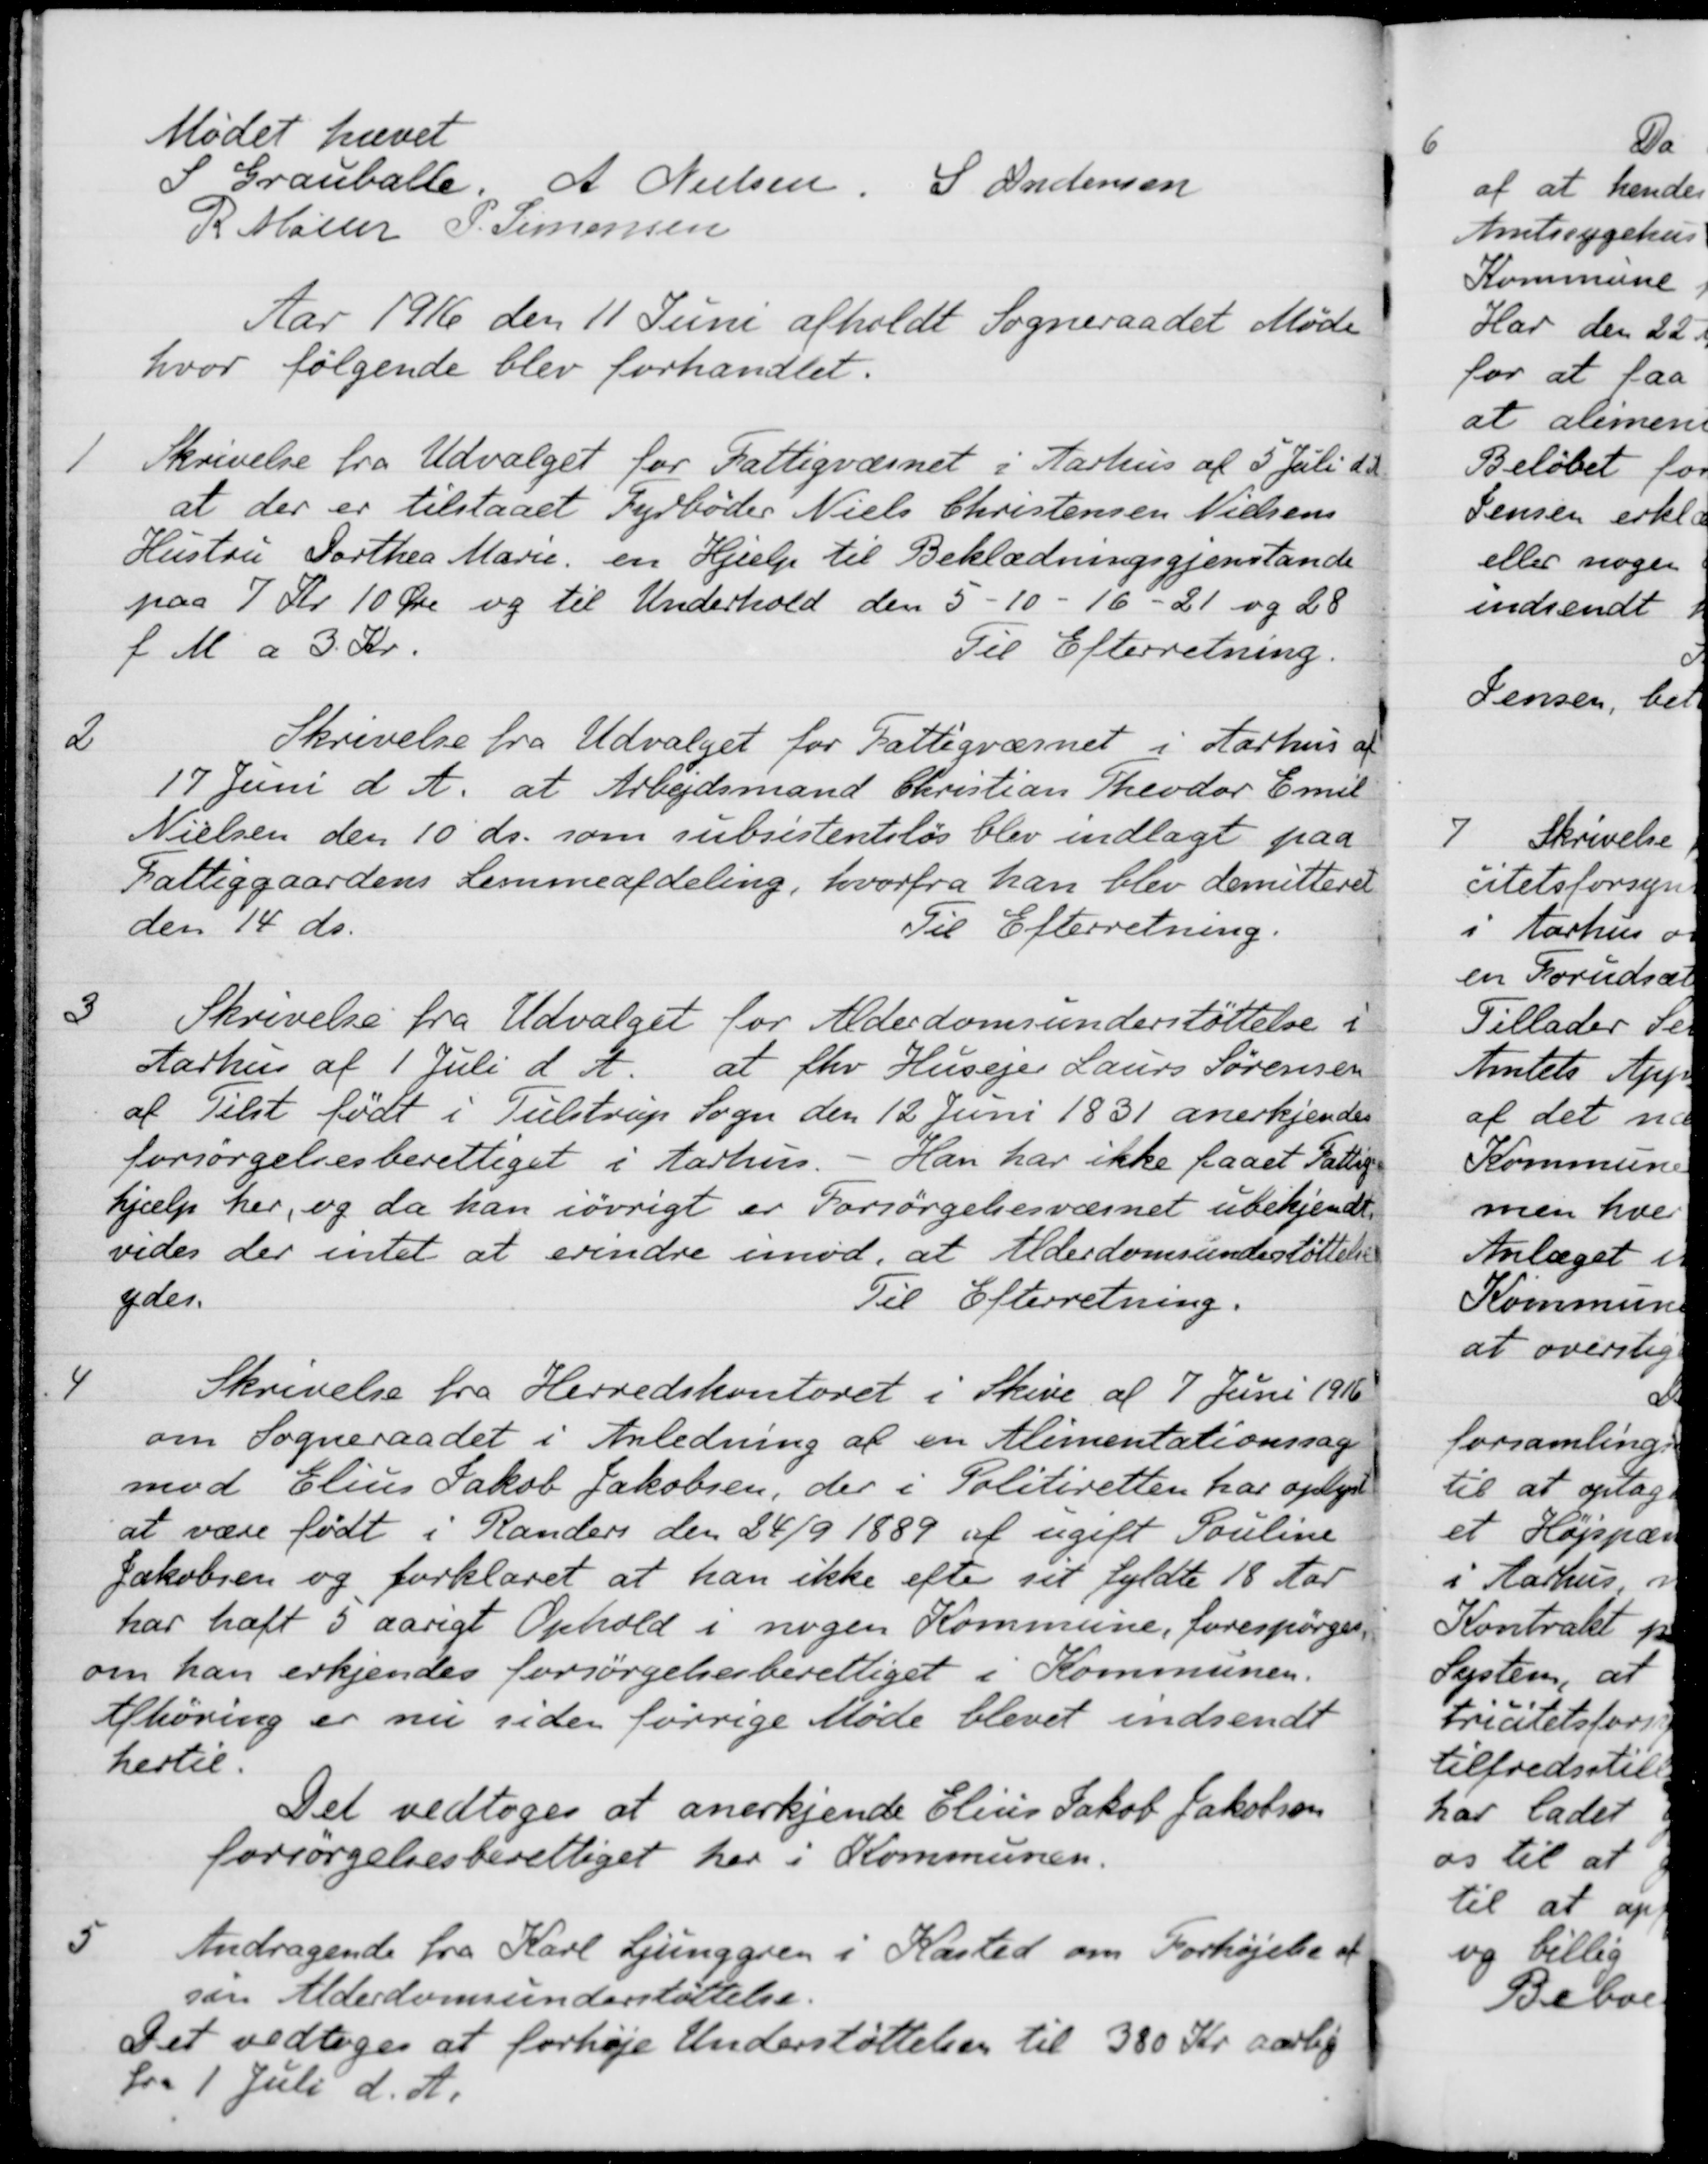
Transskription:
Mødet hævet
S Grauballe
A Nielsen
S Andersen
R Møller
P. Simonsen
Aar 1916 den 11 Juni afholdt Sogneraadet Møde
hvor følgende blev forhandlet.
1
Skrivelse fra Udvalget for Fattigvæsnet i Aarhus af 5 Juli d. A.
at der er tilstaaet Fyrbøder Niels Christensen Nielsens
Hustru Dorthea Marie, en Hjælp til Beklædningsgjenstande
paa 7 Kr. 10 Øre og til Underhold den 5 - 10 - 16 - 21 og 28
f M a 3 Kr.
Til Efterretning.
2
Skrivelse fra Udvalget for Fattigvæsnet i Aarhus af
17 Juni d. A. at Arbejdsmand Christian Theodor Emil
Nielsen den 10' ds. som subsistentsløs blev indlagt paa
Fattiggaardens Lemmeafdeling, hvorfra han blev demitteret
den 14 ds.
Til Efterretning.
3
Skrivelse fra Udvalget for Alderdomsunderstøttelse i
Aarhus af 1 Juli d. A
at fhv Husejer Laurs Sørensen
af Tilst født i Tulstrup Sogn den 12 Juni 1831 anerkjendes
forsørgelsesberettiget i Aarhus
Han har ikke faaet Fattig-
hjælp her, og da han iøvrigt er Forsørgelsesvæsnet ubekjendt
vedes der intet at erindre imod, at Alderdomsunderstøttelse
ydes.
Til Efterretning.
4
Skrivelse fra Herredskontoret i Skive af 7 Juni 1916
om Sogneraadet i Anledning af en Alimentationssag
mod Elius Jakob Jakobsen, der i Politiretten har oplyst
at være født i Randers den 24/9 1889 af ugift Pouline
Jakobsen og forklaret at han ikke efter sit fyldte 18 Aar
har haft 5 aarigt Ophold i nogen Kommune, forespørges,
om han erkjendes forsørgelsesberettiget i Kommunen.
Afhøring er nu siden forrige Møde blevet indsendt
hertil.
Det vedtoges at anerkjende Elius Jakob Jakobsen
forsørgelsesberettiget her i Kommunen.
5
Andragende fra Karl Ljunggren i Kasted om Forhøjelse af
sen Alderdomsunderstøttelse.
Det vedtoges at forhøje Understøttelsen til 380 Kr aarlig
fra 1 Juli d. A.